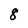
Character: 8